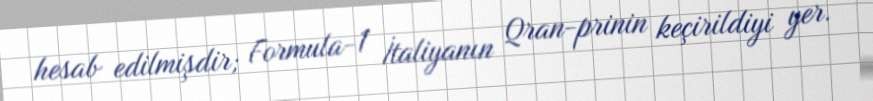
hesab edilmişdir; Formula-1 İtaliyanın Qran-prinin keçirildiyi yer.